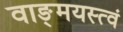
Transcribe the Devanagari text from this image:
वाङ्‌मयस्त्वं